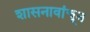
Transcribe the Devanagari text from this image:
शासनावांचून